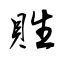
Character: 貹